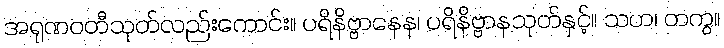
အရုဏဝတီသုတ်လည်းကောင်း။ ပရိနိဗ္ဗာနေန၊ ပရိနိဗ္ဗာနသုတ်နှင့်။ သဟ၊ တကွ။